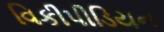
વિકીપીડિયન